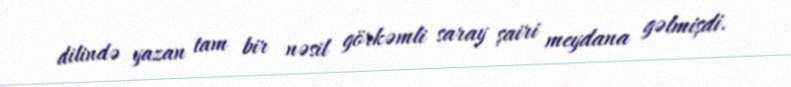
dilində yazan tam bir nəsil görkəmli saray şairi meydana gəlmişdi.